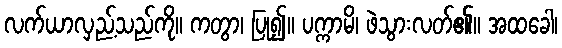
လက်ယာလှည့်သည်ကို။ ကတွာ၊ ပြု၍။ ပက္ကာမိ၊ ဖဲသွားလတ်၏။ အထခေါ၊